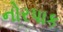
નોરપાક